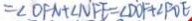
= \angle D F N + \angle N F E = \angle D O F + \angle F O E